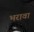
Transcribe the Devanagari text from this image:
भरावा